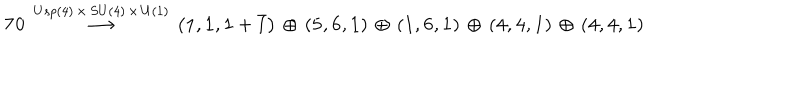
{ \bf 7 0 } \, \stackrel { U s p ( 4 ) \, \times \, S U ( 4 ) \, \times \, U ( 1 ) } { \longrightarrow } \, \left( { \bf 1 } , { \bf 1 } , { \bf 1 } + { \bar { \bf 1 } } \right) \, \oplus \, \left( { \bf 5 } , { \bf 6 } , { \bf 1 } \right) \, \oplus \, \left( { \bf 1 } , { \bf 6 } , { \bf 1 } \right) \, \oplus \, \left( { \bf 4 } , { \bf 4 } , { \bf 1 } \right) \, \oplus \, \left( { \bf 4 } , { \bf 4 } , { \bf 1 } \right)